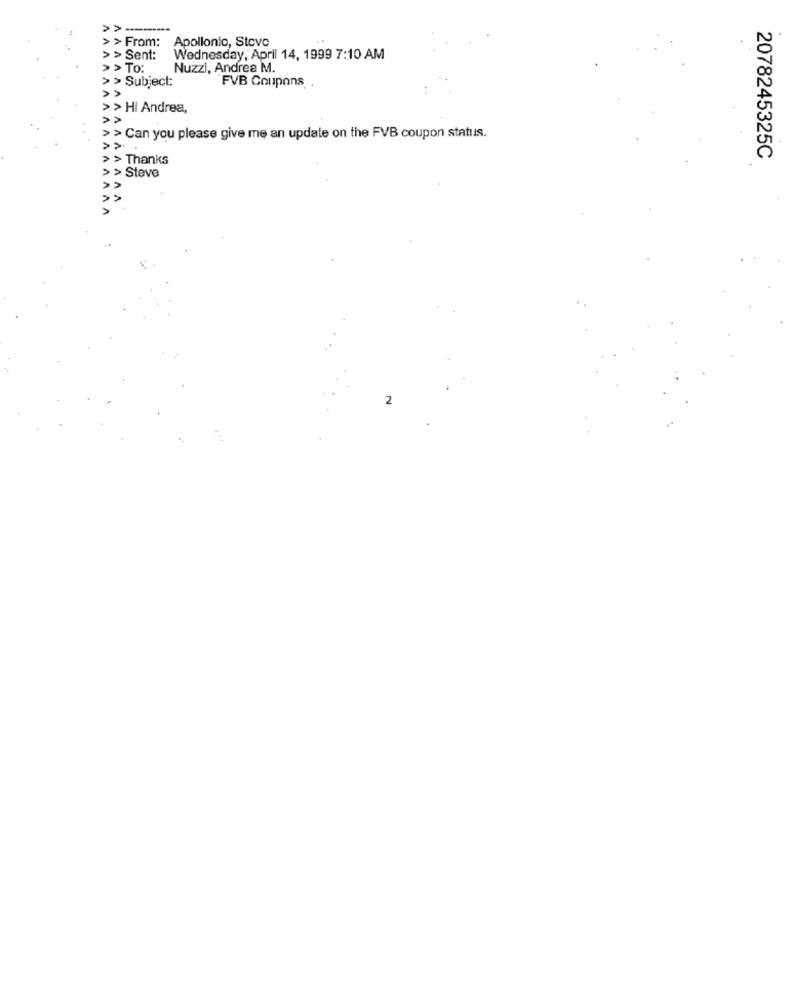
> From:
Apollonio, Stove
> > Sent:
Wednesday, April 14, 1999 7:10 AM
> > TO:
Nuzzi, Andrea M.
> > Subject:
FVB Coupons
> Hi Andrea,
>> Can you please give me an update on the FVB coupon status.
> > Thanks
2078245325C
> Steve
2